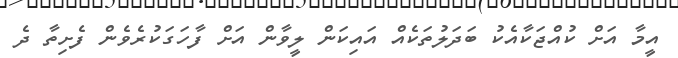
އީމާ އަށް ކުއްޖަކާއެކު ބަދަލުތަކެއް އައިކަން ލީވާން އަށް ފާހަގަކުރެވެން ފެށިތާ ދެ